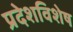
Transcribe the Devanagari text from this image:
प्रदेशविशेष